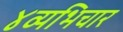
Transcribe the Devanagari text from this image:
४व्यभिचार